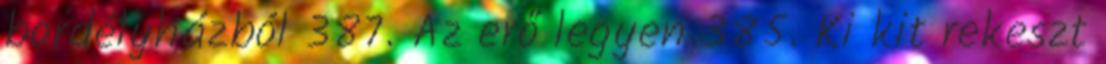
bordélyházból 387. Az erő legyen 385. Ki kit rekeszt